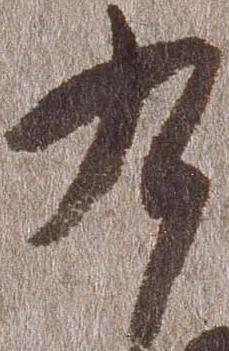
九